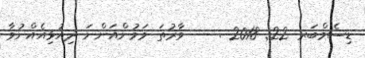
ޑިސެމްބަރ 22